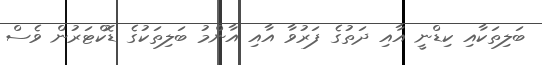
ބަލިތަކާއި ކިޑްނީ އާއި ދަތުގެ ފަރުވާ އާއި އާންމު ބަލިތަކުގެ ޑޮކްޓަރުން ވެސް